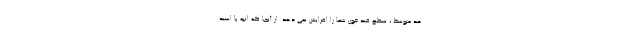
حد متوسط ، سطح قند خون شما را افزایش نمی دهد. از آنجا که انبه با اسید